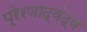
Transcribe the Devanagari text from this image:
प्रेरणाद्वंद्व